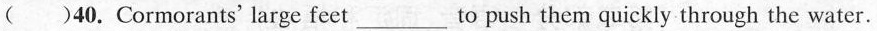
()40.Cormorants' large feet____to push them quickly through the water.